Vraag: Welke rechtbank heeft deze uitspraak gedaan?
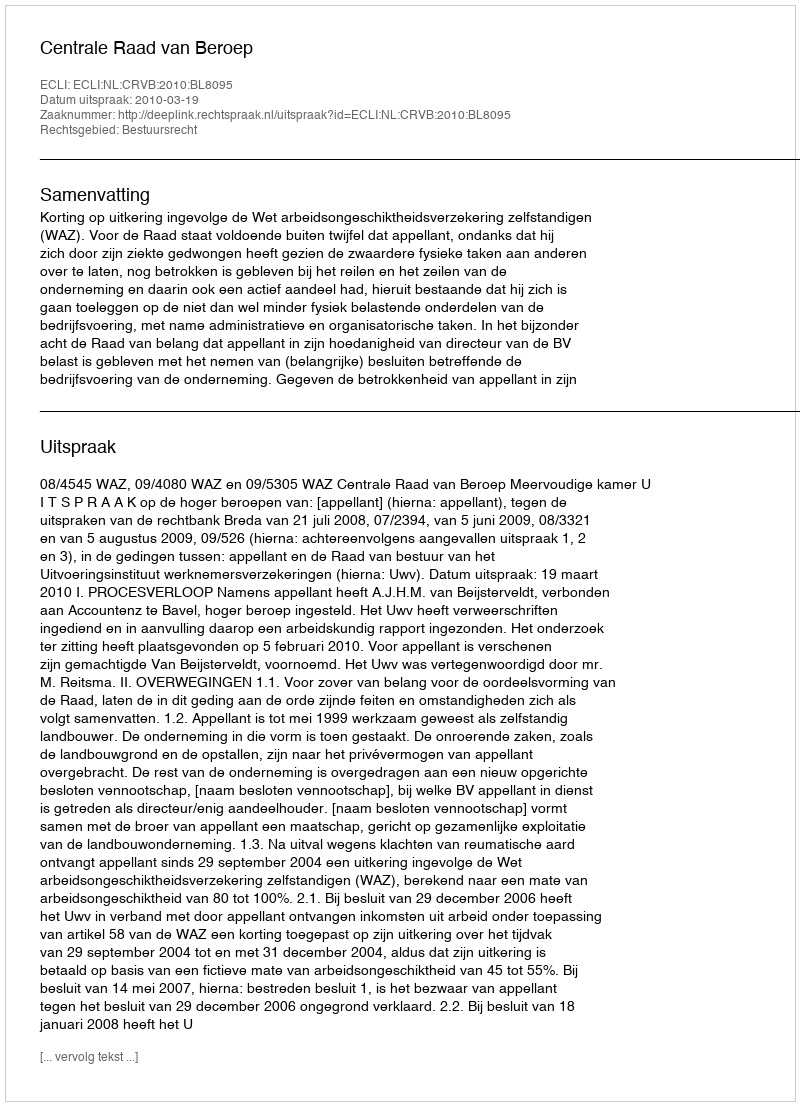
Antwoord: Centrale Raad van Beroep